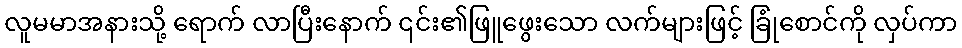
လူမမာအနားသို့ ရောက် လာပြီးနောက် ၎င်း၏ဖြူဖွေးသော လက်များဖြင့် ခြုံစောင်ကို လှပ်ကာ